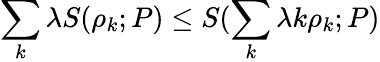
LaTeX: \sum_{k}\lambda S(\rho_{k};P)\le S(\sum_{k}\lambda k\rho_{k};P)